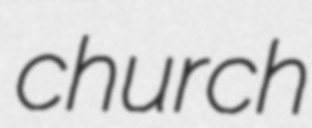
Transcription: church